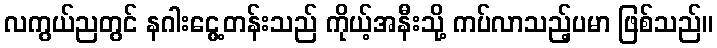
လကွယ်ညတွင် နဂါးငွေ့တန်းသည် ကိုယ့်အနီးသို့ ကပ်လာသည့်ပမာ ဖြစ်သည်။